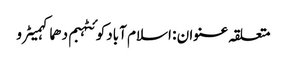
متعلقہ عنوان : اسلام آبادکوئٹہبم دھماکہمیٹرو